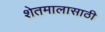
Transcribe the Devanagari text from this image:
शेतमालासाठी